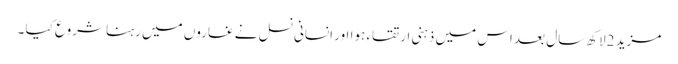
مزید 2لاکھ سال بعد اس میں ذہنی ارتقاء ہوا اور انسانی نسل نے غاروں میں رہنا شروع کیا ۔